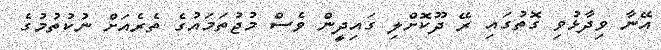
އޭނާ ވިދާޅުވި ގޮތުގައި ރޭ ދޫކޮށްލި ގައިދީން ވެސް މުޖުތަމައުގެ ތެރެއަށް ނުކުތުމުގެ